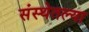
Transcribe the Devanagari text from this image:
संस्थेतल्या